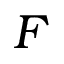
F